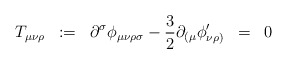
\begin{align*}T_{\mu\nu\rho} \;\; :=\;\; \partial^{\sigma} \phi_{\mu\nu\rho\sigma} - \frac{3}{2} \partial_{( \mu} \phi^{\prime}_{\nu\rho )} \;\; =\;\; 0\end{align*}